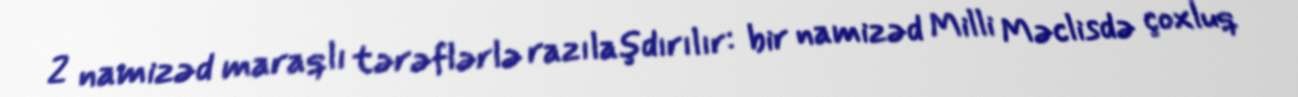
2 namizəd maraqlı tərəflərlə razılaşdırılır: bir namizəd Milli Məclisdə çoxluq